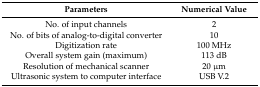
| Parameters | Numerical Value |
 | --- | --- |
 | No. of input channels | 2 |
 | No. of bits of analog-to-digital converter | 10 |
 | Digitization rate | 100 MHz |
 | Overall system gain (maximum) | 113 dB |
 | Resolution of mechanical scanner | 20 μm |
 | Ultrasonic system to computer interface | USB V.2 |